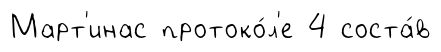
Март'инас протоко́л'е 4 соста́в